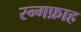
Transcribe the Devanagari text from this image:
रन्गफ्राह